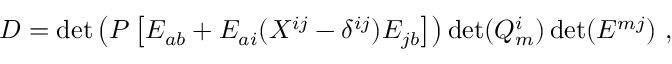
D = \operatorname * { d e t } \left( P \left[ E _ { a b } + E _ { a i } ( X ^ { i j } - \delta ^ { i j } ) E _ { j b } \right] \right) \operatorname * { d e t } ( Q _ { m } ^ { i } ) \operatorname * { d e t } ( E ^ { m j } ) \ ,